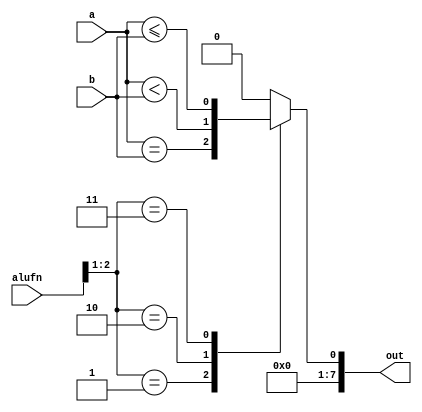
module cmp_8 (
    input [15:0] a,
    input [15:0] b,
    input [5:0] alufn,
    output reg [15:0] out
  );
  
  
  
  always @* begin
    out[1+6-:7] = 15'h0000;
    
    case (alufn[1+1-:2])
      2'h1: begin
        out[0+0-:1] = a == b;
      end
      2'h2: begin
        out[0+0-:1] = a < b;
      end
      2'h3: begin
        out[0+0-:1] = a <= b;
      end
      default: begin
        out[0+0-:1] = 1'h0;
      end
    endcase
  end
endmodule